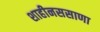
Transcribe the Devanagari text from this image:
शाहीनससाणा